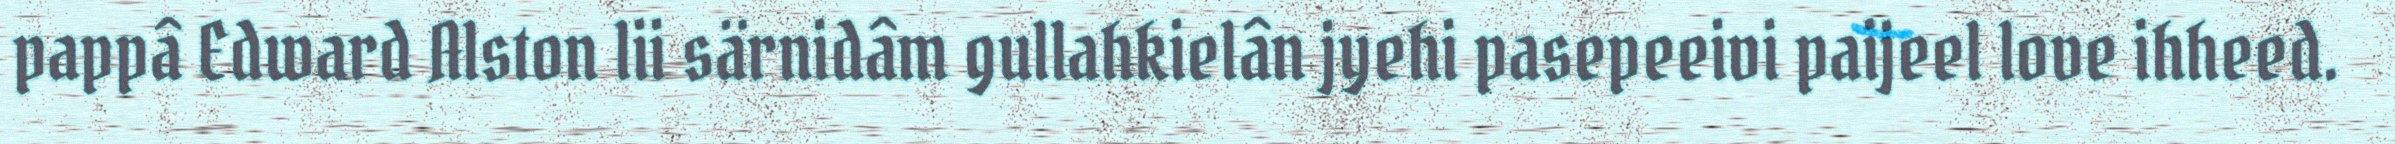
pappâ Edward Alston lii särnidâm gullahkielân jyehi pasepeeivi paijeel love ihheed.